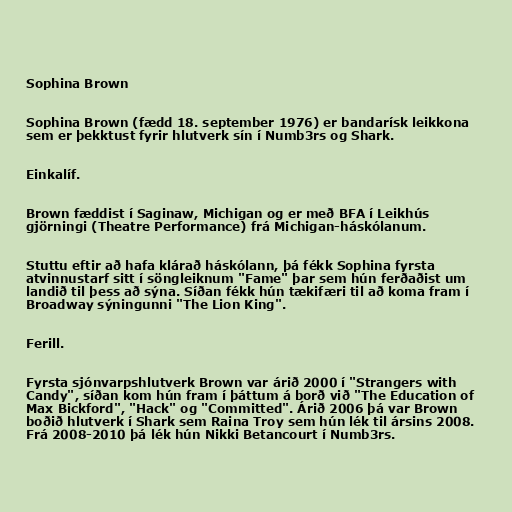
Sophina Brown

Sophina Brown (fædd 18. september 1976) er bandarísk leikkona
sem er þekktust fyrir hlutverk sín í Numb3rs og Shark.

Einkalíf.

Brown fæddist í Saginaw, Michigan og er með BFA í Leikhús
gjörningi (Theatre Performance) frá Michigan-háskólanum.

Stuttu eftir að hafa klárað háskólann, þá fékk Sophina fyrsta
atvinnustarf sitt í söngleiknum "Fame" þar sem hún ferðaðist um
landið til þess að sýna. Síðan fékk hún tækifæri til að koma fram í
Broadway sýningunni "The Lion King".

Ferill.

Fyrsta sjónvarpshlutverk Brown var árið 2000 í "Strangers with
Candy", síðan kom hún fram í þáttum á borð við "The Education of
Max Bickford", "Hack" og "Committed". Árið 2006 þá var Brown
boðið hlutverk í Shark sem Raina Troy sem hún lék til ársins 2008.
Frá 2008-2010 þá lék hún Nikki Betancourt í Numb3rs.